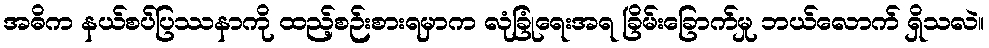
အဓိက နယ်စပ်ပြဿနာကို ထည့်စဉ်းစားရမှာက လုံခြုံရေးအရ ခြိမ်းခြောက်မှု ဘယ်လောက် ရှိသလဲ။